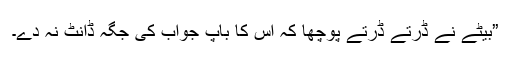
”بیٹے نے ڈرتے ڈرتے پوچھا کہ اس کا باپ جواب کی جگہ ڈانٹ نہ دے۔